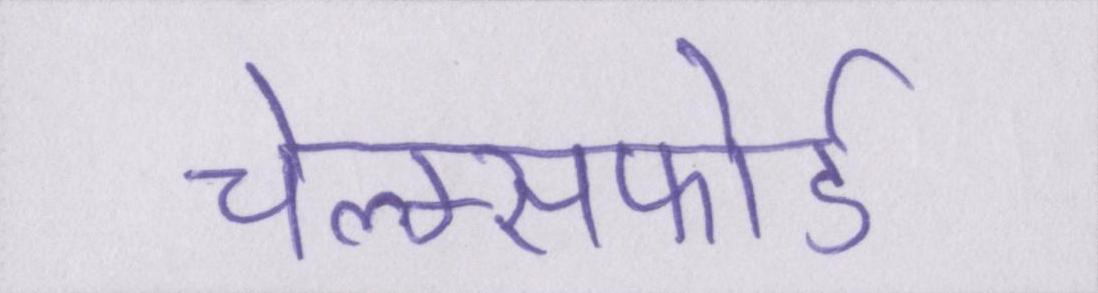
चेल्म्सफोर्ड